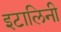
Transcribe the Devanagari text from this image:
इटालिनी